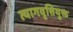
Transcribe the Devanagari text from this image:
त्यागवृत्तियुक्त